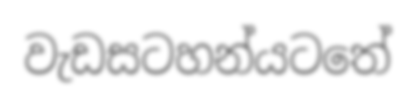
වැඩසටහන්යටතේ